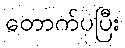
တောက်ပပြီး